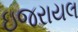
ઇજરાયલ